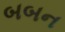
બબન